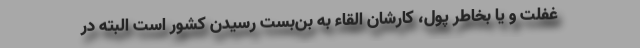
غفلت و یا بخاطر پول، کارشان القاء به بن‌بست رسیدن کشور است البته در